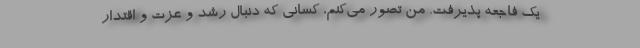
یک فاجعه پذیرفت. من تصور می‌کنم، کسانی که دنبال رشد و عزت و اقتدار